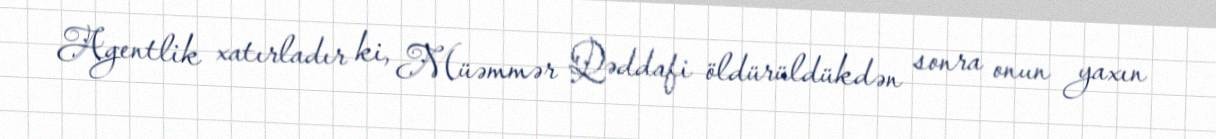
Agentlik xatırladır ki, Müəmmər Qəddafi öldürüldükdən sonra onun yaxın